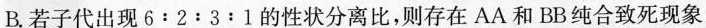
B. 若子代出现$$6 : 2﹔3 : 1$$的性状分离比，则存在 AA 和 BB 纯合致死现象